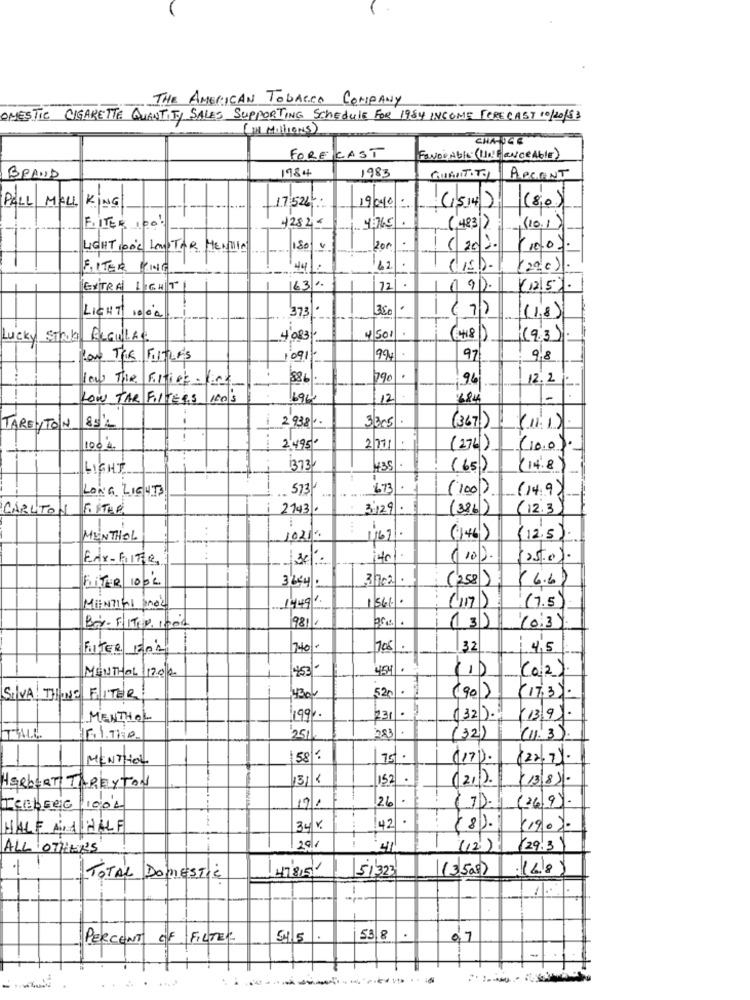
THE AMERICAN TOBACCO COMPANY
OMESTIC CIGARETTE QUANTITY SALES SUPPORTING SCHEDULE FOR 1984 INCOME FORECAST 10/20183
(IN Millions)
CHARGE
FORECAST
FAVORAble (MINE ENCRAGIE)
1984
1983
BRAND
QUANTITY APCANT
1
PALL MALL KING
17:526
19/04/0
(1514) (80)
. 45765
F. ITER 100!
4282-
(4831)
(10.1)
LIGHT LOOL Len TAR HENIO
/200
( 20).
100
F ITER
4
62
(29.0) .
163 1.
72
(1215 .
3.50
(7)
LICHT 10/04
373
(1,8)
Lucky Stab ReGullar
4501
(418)
(9.3):
1091
994
97
9/8
886
790
.
96
12.2
on The Flies- --
LOW TAR FILTERS
100$
696
12
484
-
2938.
3305 .
TAREYTON
85'
(367) (11.1).
100'4
2495
2711:
(276)
110.0
LIGHT
373/
435
(65)
(14.8
LONG LIGHTS
573
673
(100).
(14.9
CARLTON
2743.
3129
(386)
(12.3
MENTHOL
1021.
$671.
(146)
( 12.5)
Edx-FITe
140%.
(10).
(25.0).
FiTER 1004
3702 .
(258);
(6.6)
14491.
1561.
(17)
(7.5)
MANTINI 2002
9811
(0:35
Bri- FITER 1002
(3)
FILTER 1304
7.40/-
708 .
32
4,5
1453/-
459 .
-
(0:2)
MENTHOL 12.02
52
(90)
SILVA THING FITER
4306
(17,3).
MENTHOL
199%.
231/
(32).
(13/9).
Filmico
251
(32)
(11.3).
MENTHOL
158 :
75%.
(17).
(22/7).
316
1521.
(21).
HERBERT TAREYTON
171
26
.
(26/9).
ICEBERG 100'L
17).
HALF ALA HALF
34 %.
42
(8).
(190).
ALL OTHERS
29/1
41
(12)
(29.3)
47815
51323
(3.508)
:(6/8)
TOTAL DOMESTIC
PERCENT OF FILTER
53 8
07